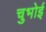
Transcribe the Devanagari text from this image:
चुभोई